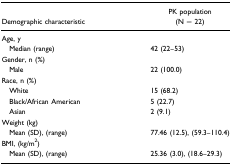
| Demographic characteristic | PK population (N = 22) |
 | --- | --- |
 | <COLSPAN=2> Age, y |
 | Median (range) | 42 (22–53) |
 | <COLSPAN=2> Gender, n (%) |
 | Male | 22 (100.0) |
 | <COLSPAN=2> Race, n (%) |
 | White | 15 (68.2) |
 | Black/African American | 5 (22.7) |
 | Asian | 2 (9.1) |
 | <COLSPAN=2> Weight (kg) |
 | Mean (SD), (range) | 77.46 (12.5), (59.3–110.4) |
 | <COLSPAN=2> BMI, (kg/m2) |
 | Mean (SD), (range) | 25.36 (3.0), (18.6–29.3) |